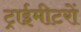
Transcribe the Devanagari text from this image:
ट्राईमीटरों